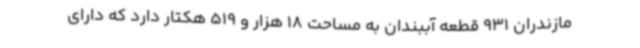
مازندران 931 قطعه آببندان به مساحت 18 هزار و 519 هکتار دارد که دارای